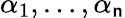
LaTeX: \alpha_{1},\dots,\alpha_{\mathsf{n}}